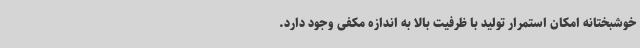
خوشبختانه امکان استمرار تولید با ظرفیت بالا به اندازه مکفی وجود دارد.